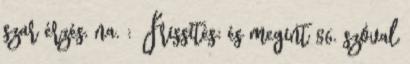
szar érzés, na. : Frissítés: és megint 86. szóval